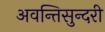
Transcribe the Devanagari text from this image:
अवन्तिसुन्दरी